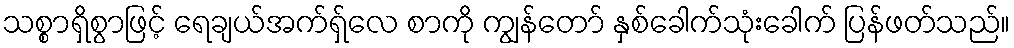
သစ္စာရှိစွာဖြင့် ရေချယ်အက်ရှ်လေ စာကို ကျွန်တော် နှစ်ခေါက်သုံးခေါက် ပြန်ဖတ်သည်။